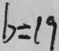
b = 1 9